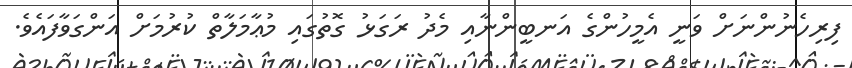
ފިރިހެނުންނަށް ވަނީ އެމީހުންގެ އަނބީންނާއި މެދު ރަގަޅު ގޮތުގައި މުޢާމަލާތް ކުރުމަށް އަންގަވާފައެވެ.